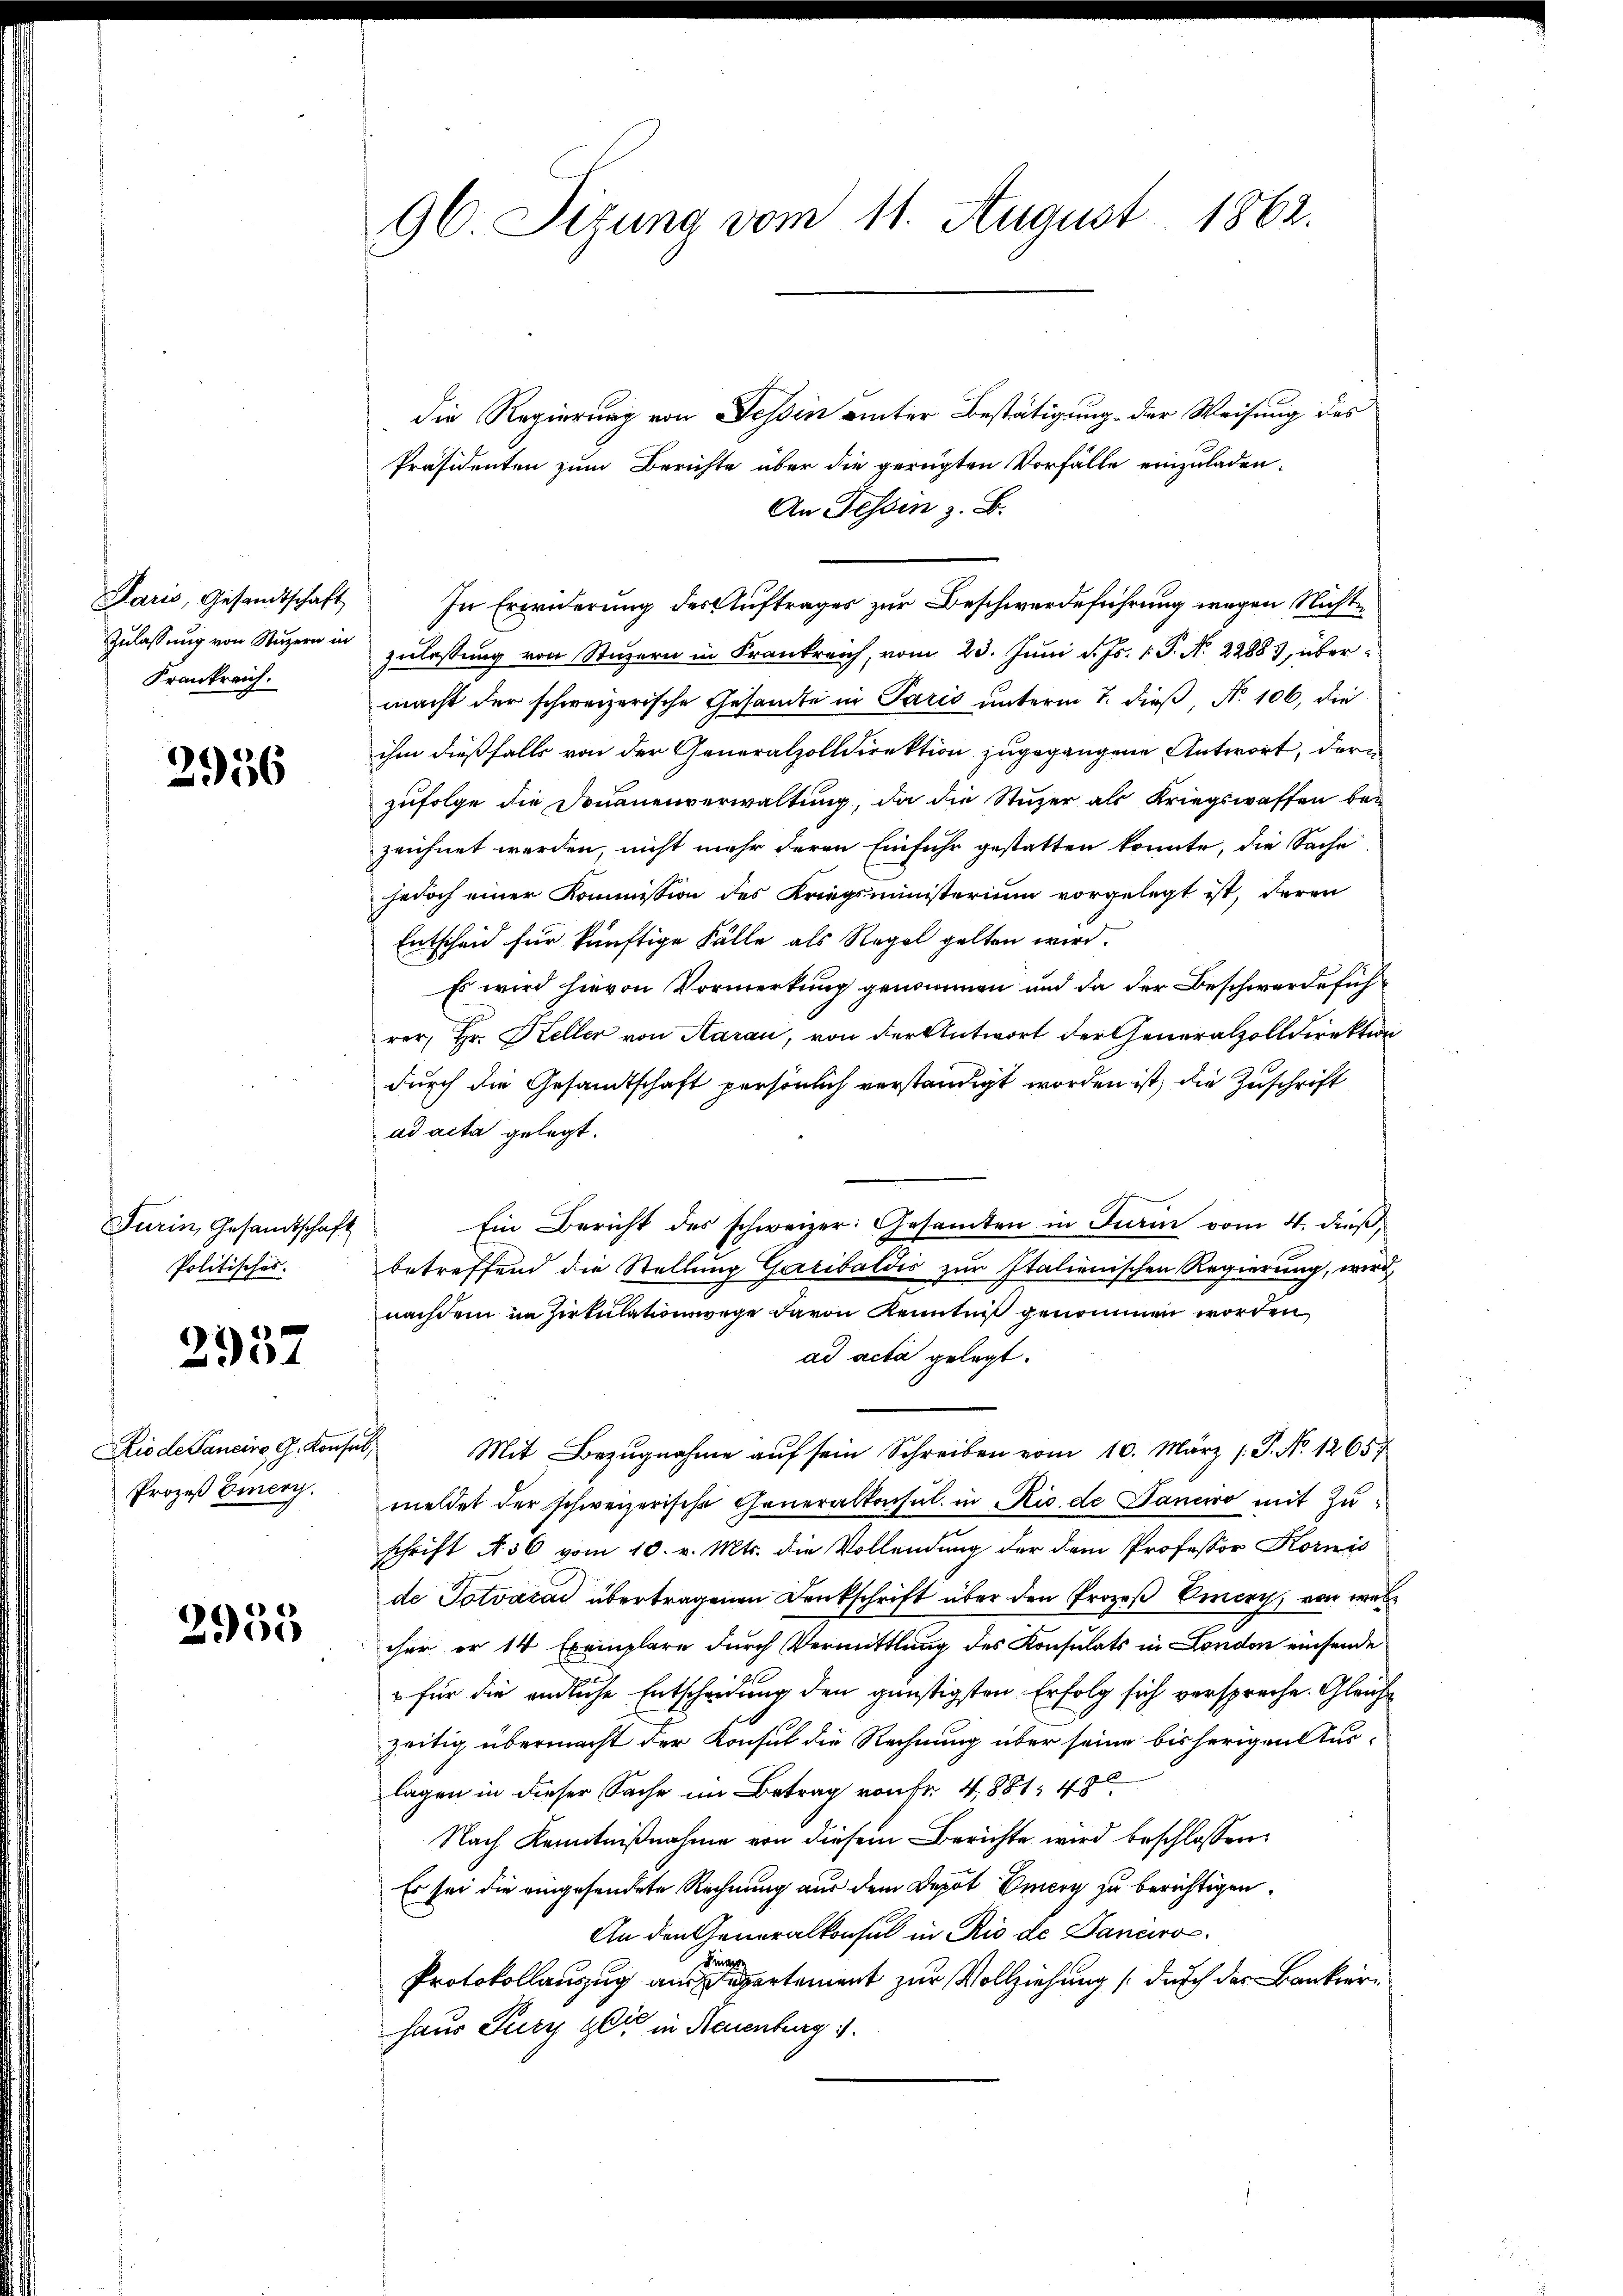
Paris, Gesandtschaft
Zulassung von Stuzern in
Frankreich.

2956

Turin, Gesandtschaft
Politisches.

2957

Rio de Pancino, G. Konse
Prozeß Einer.

2955

96 Sizung vom 11. August 1862.

die Regierung von Tessin einter Bestätigung der Weisung des
Präsidenten zum Berichte über die geregten Vorfälle einzuladen.
An Fessen z. B.
In Erwiderung des Auftrages zur Beschwerdeführung wegen Nichte
zulassung von Stuzern in Frankreich, vom 23. Juni d. Js. 1 P. N. 22883, übermacht der schweizerische Gesandte in Paris unterm 7. dieß Nr. 106, die
ihm dießfalls von der Generalzolldirektion zugegangene Antwort, der
zufolge die Donauenverwaltung, da die Stuzer als Kriegswaffen bei
zeichnet werden, nicht mehr deren Einfuhr gestatten konnte, die Sache
jedoch einer Kommission des Kriegsministerium vorgelegt ist, deren
Entscheid für künftige Fälle als Regel gelten wird.
Es wird hievon Vormerkung genommen und da der Beschwerdefüh
rer; Hr. Keller von Aarau, von der Antwort der Generalzolldirektion
durch die Gesandtschaft persönlich verständigt worden ist, die Zuschrift
ad acta gelegt.
Ein Bericht des schweizer: Gesamten in Jam vom 4. dieß,
betreffend die Stellung Garibaldis zur Italienischen Regierung, wird,
nachdem im Zirkulationswege davon Kenntniß genommen worden,
ad acta gelegt.
 Mit Bezŭgnahme aŭf sein Schreiben vom 10. März 1. P. Nr. 1265
meldet der schweizerische Generalkonsul in Rio de Saneiro mit Zuschrift N. 36 vom 10. v. Mts. die Vollendung der dem Professor Kornis
de Totvácai übertragenen Denkschrift über den Prozeß Eier, von welcher er 14 Exemplare durch Vermittlung des Konsulats in London einsende
" für die endliche Entscheidung den günstigsten Erfolg sich verspreche. Gleichzeitig übermacht der Konsul die Rechnung über seine bisherigen Auslagen in dieser Sache im Betrag von Fr. 4881 48
Nach Kenntnißnahme von diesem Berichte wird beschlossen:
Es sei die eingesendete Rechnung aus dem Depot Vincen zu berichtigen.
An den Generalkonsul in Rio de Danciro¬
Finan
Protokollauszug aus Departement zur Vollziehung durch der Bankierhaus Jury zeit in Neuenburg 1.